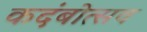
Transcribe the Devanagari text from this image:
कदंबोत्सव